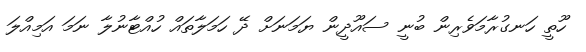
ހޫތީ ހަނގުރާމަވެރިން ބުނީ ސައޫދީން ޔަމަނަށް ދޭ ހަމަލާތައް ހުއްޓާނުލާ ނަމަ އަމިއްލަ